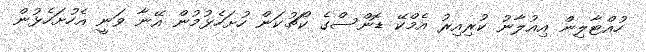
ހުއްޓާލިން އިއުލާނު ކުރިއިރު އެމްކޭ ޑޮންސްގެ ކޯޗުކަން ހުށަހެޅުމުން އޭނާ ވަނީ އެހުށަހެޅުން